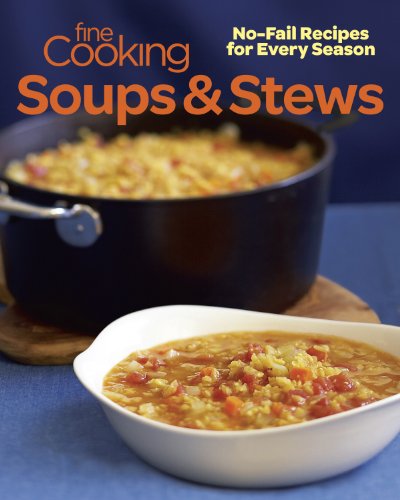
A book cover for Fine Cooking Soups & Stews: No-Fail Recipes for Every Season; Editors and Contributors of Fine Cooking; Cookbooks, Food & Wine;